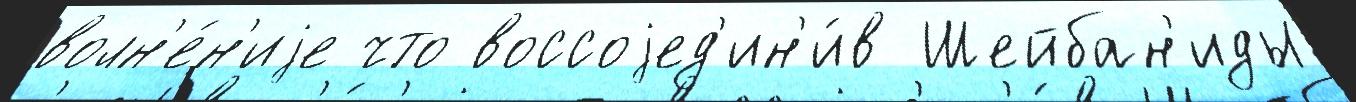
волн'е́н'иjе что воссоjед'ин'и́в Шейбан'иды